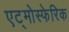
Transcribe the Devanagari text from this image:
एट्मोस्फेरिक